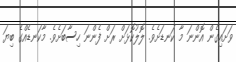
ވަށައިގެން އޮންނަ މާ ކަނޑަށެވެ. ލޮލުކޮޅަށް ރަށް ފެންނަ ހިސާބަށެވެ. މާކަނޑެއްގެ ބިޔަ